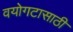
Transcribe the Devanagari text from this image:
वयोगटासाठी